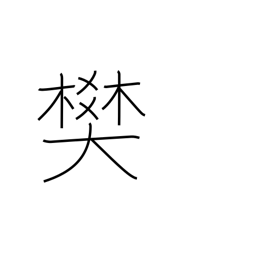
Meaning: pen